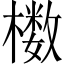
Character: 𰘸